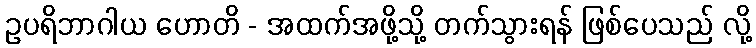
ဥပရိဘာဂါယ ဟောတိ - အထက်အဖို့သို့ တက်သွားရန် ဖြစ်ပေသည် လို့